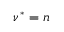
\nu ^ { * } = n